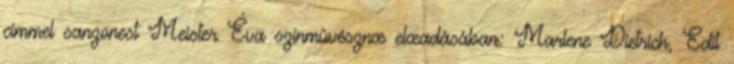
címmel sanzonest Meister Éva színmûvésznœ elœadásában: Marlene Dietrich, Edit